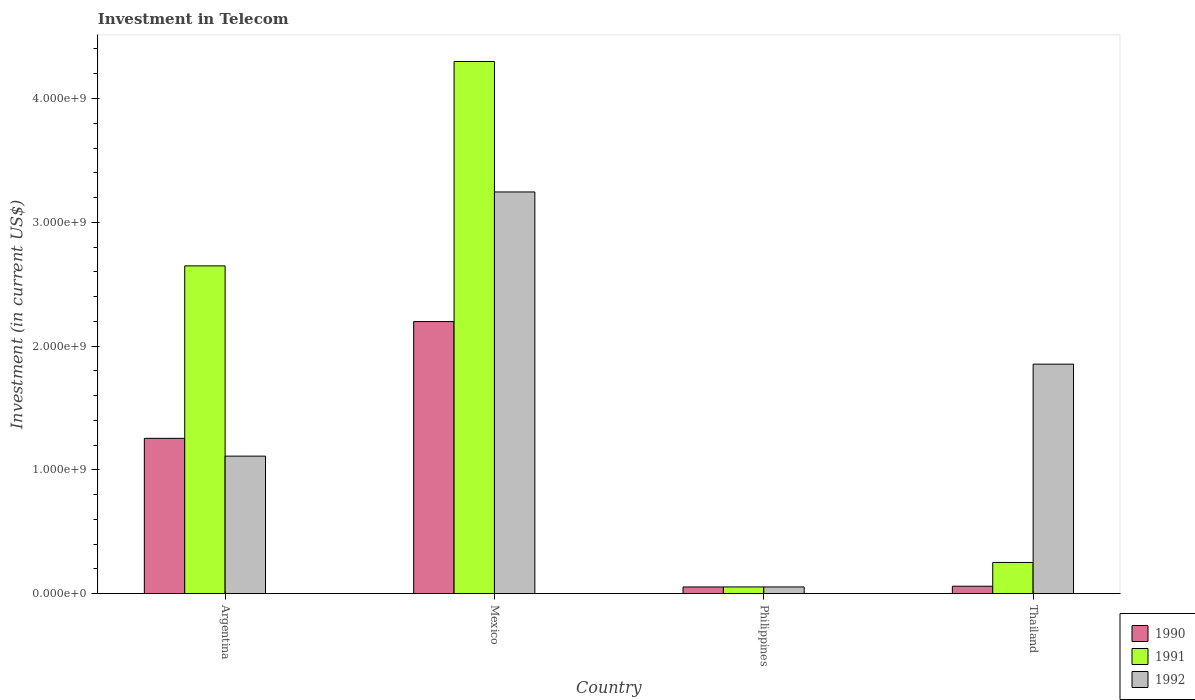
| Country | 1990 | 1991 | 1992 |
 | --- | --- | --- | --- |
 | Argentina | 1.25e+09 | 2.65e+09 | 1.11e+09 |
 | Mexico | 2.2e+09 | 4.3e+09 | 3.24e+09 |
 | Philippines | 5.42e+07 | 5.42e+07 | 5.42e+07 |
 | Thailand | 6e+07 | 2.52e+08 | 1.85e+09 |